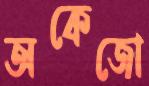
অকেজো